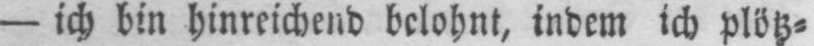
- ich bin hinreichend belohnt, indem ich plötz⸗